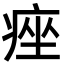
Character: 痤